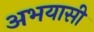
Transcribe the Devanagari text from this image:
अभयासी